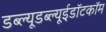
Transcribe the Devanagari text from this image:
डब्ल्यूडब्ल्यूईडॉटकॉम